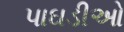
પાઘડીઓ